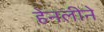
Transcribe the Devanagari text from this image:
हेनलीने